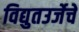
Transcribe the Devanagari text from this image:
विद्युतउर्जेचे